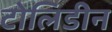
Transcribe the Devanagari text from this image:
टोलिडीन